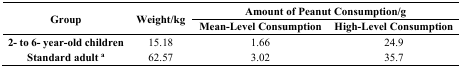
<table><thead><tr><td rowspan="2"><b>Group</b></td><td rowspan="2"><b>Weight/kg</b></td><td colspan="2"><b>Amount of Peanut Consumption/g</b></td></tr><tr><td><b>Mean-Level Consumption</b></td><td><b>High-Level Consumption</b></td></tr></thead><tbody><tr><td><b>2- to 6- year-old children</b></td><td>15.18</td><td>1.66</td><td>24.9</td></tr><tr><td><b>Standard adult <sup>a</sup></b></td><td>62.57</td><td>3.02</td><td>35.7</td></tr></tbody></table>